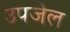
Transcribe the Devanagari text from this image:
उपजेल